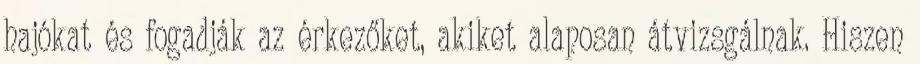
hajókat és fogadják az érkezőket, akiket alaposan átvizsgálnak. Hiszen